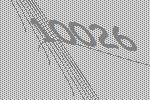
10026